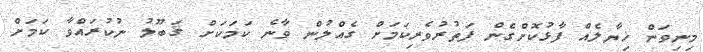
މިނިވަން ޚިޔާލެއް ފާޅުކޮށްގެން ފަތުރުވެރިކަމަށް ގެއްލުން ވާނެ ކަމަކަށް ޤަބޫލު ނުކުރައްވާ ކަމަށް